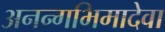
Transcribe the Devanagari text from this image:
अनन्गभिमादेवा